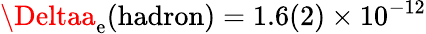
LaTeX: \Deltaa_{\mathrm{e}}(\mathrm{{hadron}})=1.6(2)\times10^{-12}